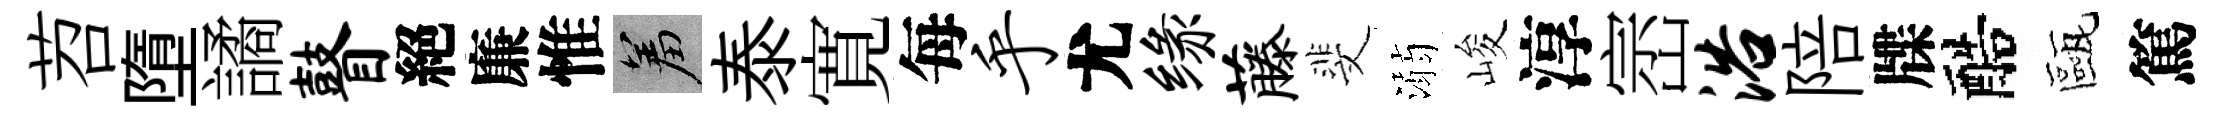
苕墮譎瞽絕廉惟羞泰寛每乎尤缘藤斐溺峻淳崈浴陪牒醅甌篤